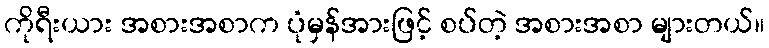
ကိုရီးယား အစားအစာက ပုံမှန်အားဖြင့် စပ်တဲ့ အစားအစာ များတယ်။